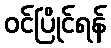
ဝင်ပြိုင်ရန်